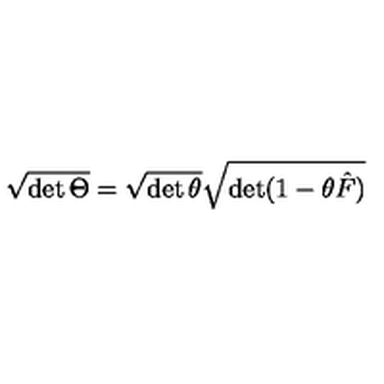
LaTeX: \sqrt { \det \Theta } = \sqrt { \det \theta } \sqrt { \det ( 1 - \theta \hat { F } ) }